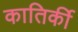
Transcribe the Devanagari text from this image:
कातिर्की